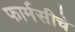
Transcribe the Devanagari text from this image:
फार्मसीचे